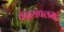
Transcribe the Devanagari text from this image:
वेदायपलम